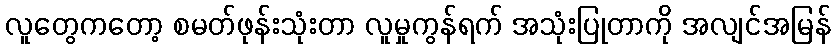
လူတွေကတော့ စမတ်ဖုန်းသုံးတာ လူမှုကွန်ရက် အသုံးပြုတာကို အလျင်အမြန်